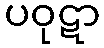
ပဝုဋာ